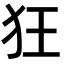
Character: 狂